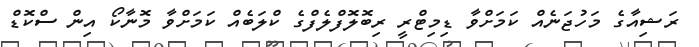
ރަޝިއާގެ މަހުޖަނެއް ކަމަށްވާ ޑިމިޓްރީ ރިބޮލޮފްލެފްގެ ކްލަބެއް ކަމަށްވާ މޮނާކޯ އިން ސްކޮޑް